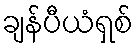
ချန်ပီယံရှစ်